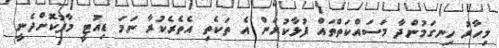
މިހާރު ހިނގަމުންދާ މަސައްކަތްތައް ފުޅާކުރަން އެ ތަކެތި އެތެރެކުރާ ނަމަ ޑިއުޓީ މާފުކޮށްދެނީ